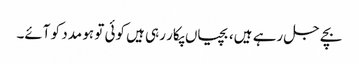
بچے جل رہے ہیں، بچیاں پکار رہی ہیں کوئی تو ہو مدد کو آئے۔